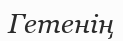
Гетенің